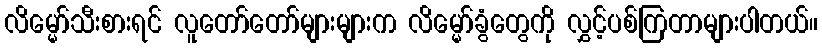
လိမ္မော်သီးစားရင် လူတော်တော်များများက လိမ္မော်ခွံတွေကို လွှင့်ပစ်ကြတာများပါတယ်။